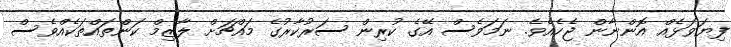
ފިޔަވަޅެއް އޮންނާން ޖެހެއެވެ. ނަމަވެސް އޭގެ ކުރިން ސަރުކާރުގެ މައްޗަށް ލާޒިމް ކަންތައްތަކެއްވެސް